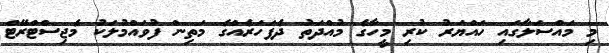
މި މައްސަލާގައި ހައްޔަރު ކުރި މީހާގެ މުއްދަތު ދެފަހަރެއްގެ މަތިން ފުވައްމުލަކު މެޖިސްޓްރޭޓް